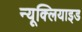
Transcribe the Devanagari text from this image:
न्यूक्लियाइड